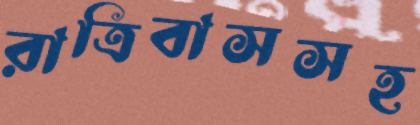
রাত্রিবাসসহ